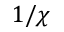
1 / \chi